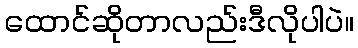
ထောင်ဆိုတာလည်းဒီလိုပါပဲ။